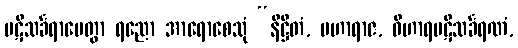
ပဋိသင်္ခရာပေတွာ ရညော အာရောစေသုံ “နိဋ္ဌိတံ, မဟာရာဇ, ဝိဟာရပဋိသင်္ခရဏံ,